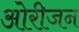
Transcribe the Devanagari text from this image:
ओरीजन